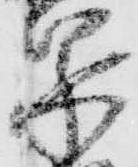
泉